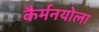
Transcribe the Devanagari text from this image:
कैर्मनयोला